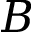
B